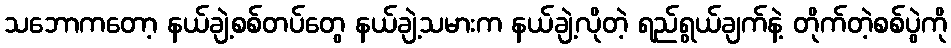
သဘောကတော့ နယ်ချဲ့စစ်တပ်တွေ နယ်ချဲ့သမားက နယ်ချဲ့လိုတဲ့ ရည်ရွယ်ချက်နဲ့ တိုက်တဲ့စစ်ပွဲကို